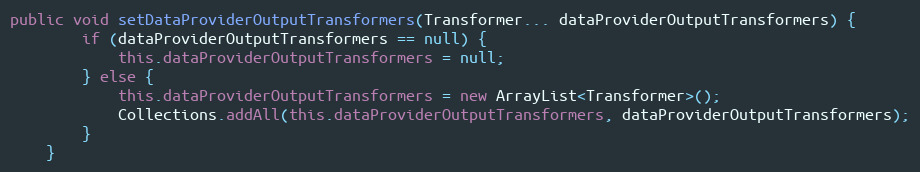
Language: Java
public void setDataProviderOutputTransformers(Transformer... dataProviderOutputTransformers) {
        if (dataProviderOutputTransformers == null) {
            this.dataProviderOutputTransformers = null;
        } else {
            this.dataProviderOutputTransformers = new ArrayList<Transformer>();
            Collections.addAll(this.dataProviderOutputTransformers, dataProviderOutputTransformers);
        }
    }